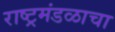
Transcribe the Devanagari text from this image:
राष्ट्रमंडळाचा